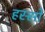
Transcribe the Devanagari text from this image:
हस्सों